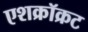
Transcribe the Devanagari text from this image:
एशक्रॉक्रट